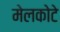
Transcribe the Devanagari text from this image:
मेलकोटे